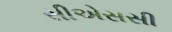
સીએસસી